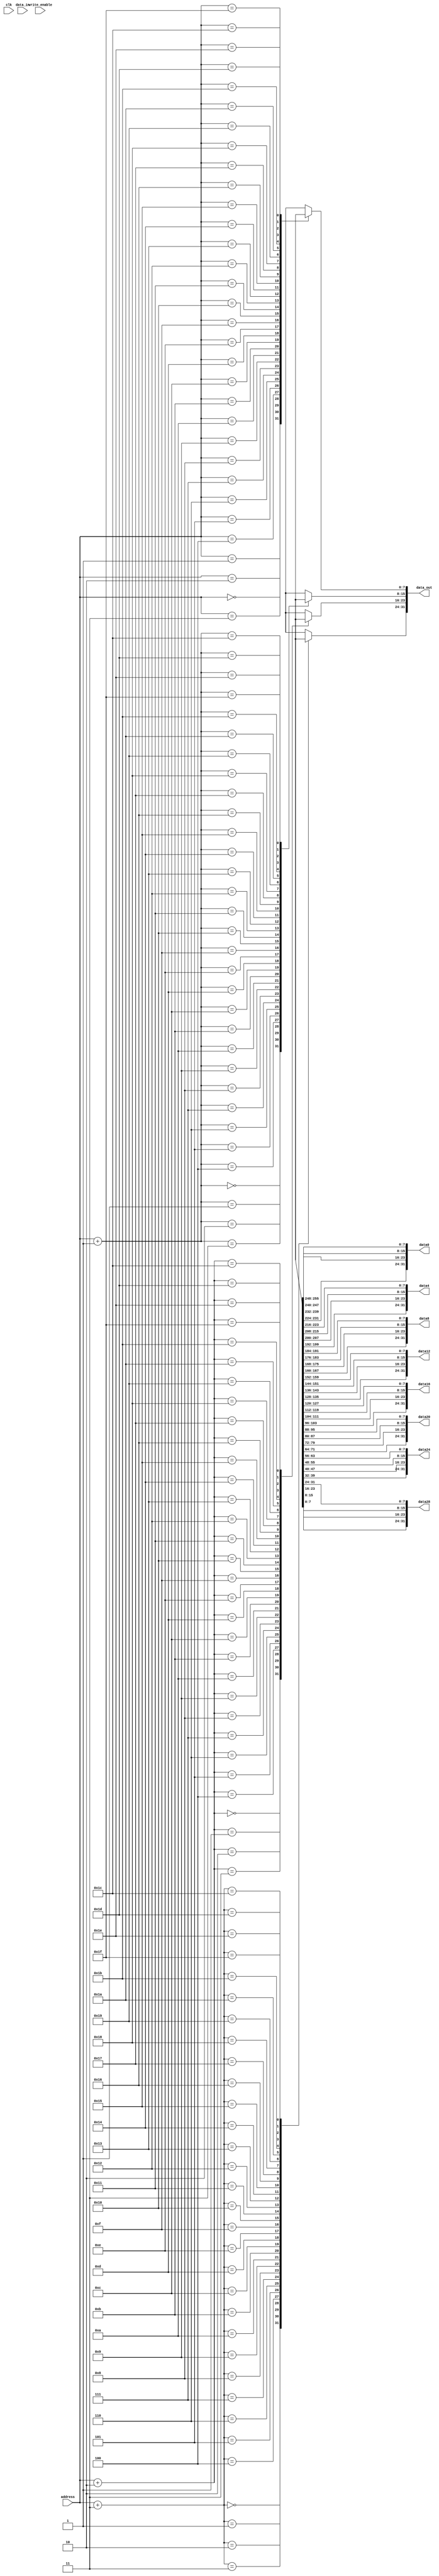
module DCache2(data_out,data0,data4,data8,data12,data16,data20,data24,data28,address,data_in,write_enable,clk);
	parameter WIDTH = 32;
	parameter SIZE = 32;
	parameter WIDTH_ADD = 5;
	parameter BYTE = 8;
	
	input [WIDTH_ADD-1:0] address;
	input [WIDTH-1:0] data_in;
	input write_enable,clk;
	
	output [WIDTH-1:0] data_out;
	output [WIDTH-1:0] data0;
	output [WIDTH-1:0] data4;
	output [WIDTH-1:0] data8;
	output [WIDTH-1:0] data12;
	output [WIDTH-1:0] data16;
	output [WIDTH-1:0] data20;
	output [WIDTH-1:0] data24;
	output [WIDTH-1:0] data28;
	
	reg [BYTE-1:0] mem [SIZE-1:0];
	integer ff;
	
	assign	data_out = {{mem[address+3]},{mem[address+2]},{mem[address+1]},{mem[address]}};
	
	assign data0 = {mem[3],mem[2],mem[1],mem[0]};
	assign data4 = {mem[7],mem[6],mem[5],mem[4]};
	assign data8 = {mem[11],mem[10],mem[9],mem[8]};
	assign data12 = {mem[15],mem[14],mem[13],mem[12]};
	assign data16 = {mem[19],mem[18],mem[17],mem[16]};
	assign data20 = {mem[23],mem[22],mem[21],mem[20]};
	assign data24 = {mem[27],mem[26],mem[25],mem[24]};
	assign data28 = {mem[31],mem[30],mem[29],mem[28]};
	
	
	always @(posedge clk)
	begin
		if(write_enable)
		begin
			{{mem[address+3]},{mem[address+2]},{mem[address+1]},{mem[address]}} = data_in;
		end
	end
	
endmodule